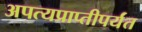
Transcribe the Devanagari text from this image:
अपत्यप्राप्तीपर्यंत